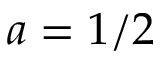
a = 1 / 2